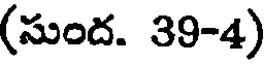
(సుంద. 39-4)